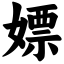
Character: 嫖